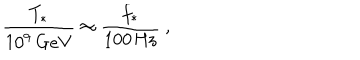
{ \frac { T _ { * } } { 1 0 ^ { 9 } \, \mathrm { G e V } } } \approx { \frac { f _ { * } } { 1 0 0 \, \mathrm { H z } } } \ ,